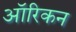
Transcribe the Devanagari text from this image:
ऑरिकन